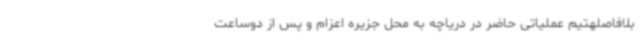
بلافاصلهتیم عملیاتی حاضر در دریاچه به محل جزیره اعزام و پس از دوساعت